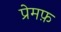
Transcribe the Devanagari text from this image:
प्रेमफ़